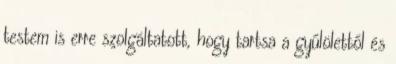
testem is erre szolgáltatott, hogy tartsa a gyűlölettől és